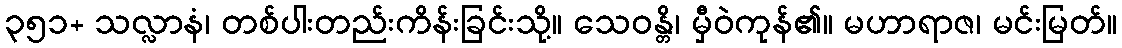
၃၅၁+ သလ္လာနံ၊ တစ်ပါးတည်းကိန်းခြင်းသို့။ သေဝန္တိ၊ မှီဝဲကုန်၏။ မဟာရာဇ၊ မင်းမြတ်။